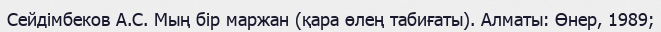
Сейдімбеков А.С. Мың бір маржан (қара өлең табиғаты). Алматы: Өнер, 1989;